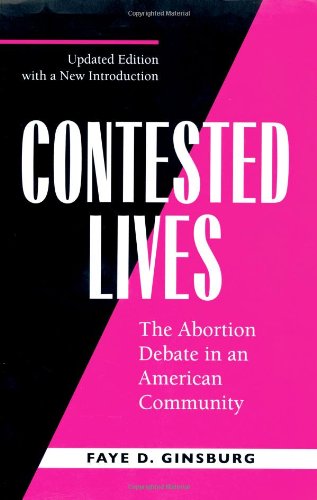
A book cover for Contested Lives: The Abortion Debate in an American Community, Updated edition; Faye D. Ginsburg; Politics & Social Sciences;